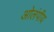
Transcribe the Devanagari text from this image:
ओलंपीय